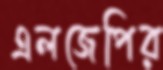
এলজেপির